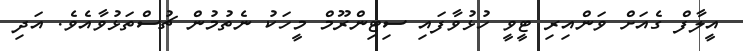
އީލާފް ގެއަށް ވަންއިރި ޓީވީ ހުޅުވާފައި ސިޓިންރޫމް މީހަކު ނެތުމުން ޗުސްތަޅުވާއެވެ. އަދި